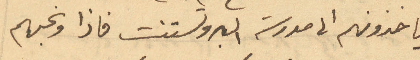
ياخذونهم الى مدرسة البروتستنت فاذا وبخهم